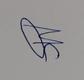
Signature authenticity: genuine